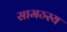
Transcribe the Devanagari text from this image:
सामञ्स्य